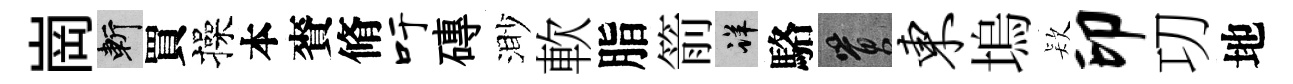
崗斬買操本賚脩吁磚渺軟脂箭详駱篔东塢𣣇印㓛地